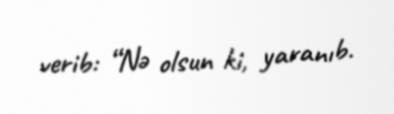
verib: “Nə olsun ki, yaranıb.